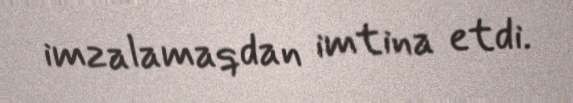
imzalamaqdan imtina etdi.